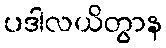
ပဒါလယိတွာန